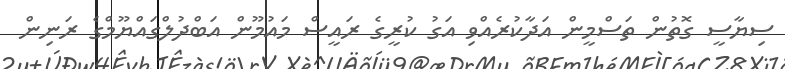
ސިޔާސީ ގޮތުން ތަސްމީން އަދާކުރެއްވި އަގު ކުރީގެ ރައީސް މައުމޫން އަބްދުލްގައްޔޫމްގެ ރަނިން